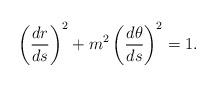
LaTeX: \begin{align*}\left(\frac{dr}{ds}\right)^2+m^2\left(\frac{d\theta}{ds}\right)^2 =1.\end{align*}